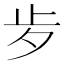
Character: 㱑